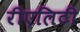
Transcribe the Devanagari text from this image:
रीएलिटी